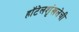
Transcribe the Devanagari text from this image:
हॉटेलशृंखलेची